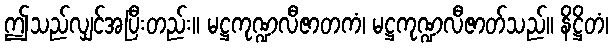
ဤသည်လျှင်အပြီးတည်း။ မဋ္ဌကုဏ္ဍလီဇာတကံ၊ မဋ္ဌကုဏ္ဍလီဇာတ်သည်။ နိဋ္ဌိတံ၊